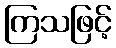
ကြသဖြင့်